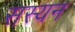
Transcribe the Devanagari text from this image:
सस्यन